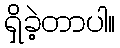
ရှိခဲ့တာပါ။